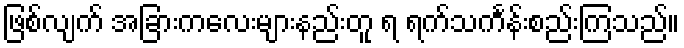
ဖြစ်လျက် အခြားကလေးများနည်းတူ ရ ရက်သင်္ကန်းစည်းကြသည်။